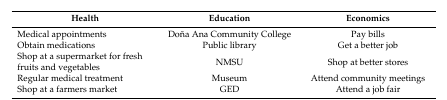
<table><thead><tr><td><b>Health</b></td><td><b>Education</b></td><td><b>Economics</b></td></tr></thead><tbody><tr><td>Medical appointments</td><td>Doña Ana Community College</td><td>Pay bills</td></tr><tr><td>Obtain medications</td><td>Public library</td><td>Get a better job</td></tr><tr><td>Shop at a supermarket for fresh fruits and vegetables</td><td>NMSU</td><td>Shop at better stores</td></tr><tr><td>Regular medical treatment</td><td>Museum</td><td>Attend community meetings</td></tr><tr><td>Shop at a farmers market</td><td>GED</td><td>Attend a job fair</td></tr></tbody></table>